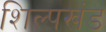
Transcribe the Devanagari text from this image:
शिल्पखंड